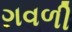
ગવળી